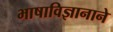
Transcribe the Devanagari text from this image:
भाषाविज्ञानाने